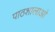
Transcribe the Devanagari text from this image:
पाठशालाओ